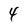
Character: 4